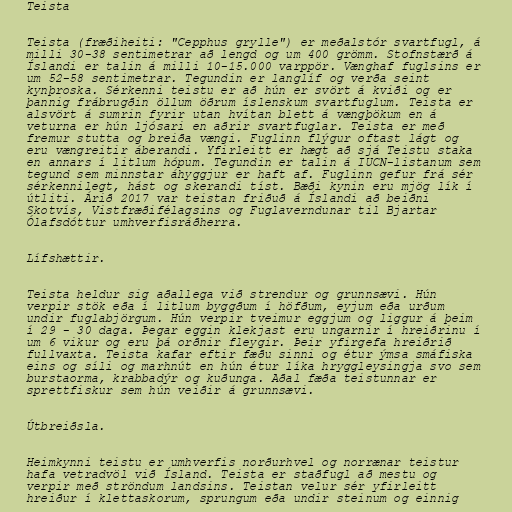
Teista

Teista (fræðiheiti: "Cepphus grylle") er meðalstór svartfugl, á
milli 30-38 sentimetrar að lengd og um 400 grömm. Stofnstærð á
Íslandi er talin á milli 10-15.000 varppör. Vænghaf fuglsins er
um 52-58 sentimetrar. Tegundin er langlíf og verða seint
kynþroska. Sérkenni teistu er að hún er svört á kviði og er
þannig frábrugðin öllum öðrum íslenskum svartfuglum. Teista er
alsvört á sumrin fyrir utan hvítan blett á vængþökum en á
veturna er hún ljósari en aðrir svartfuglar. Teista er með
fremur stutta og breiða vængi. Fuglinn flýgur oftast lágt og
eru vængreitir áberandi. Yfirleitt er hægt að sjá Teistu staka
en annars í litlum hópum. Tegundin er talin á IUCN-listanum sem
tegund sem minnstar áhyggjur er haft af. Fuglinn gefur frá sér
sérkennilegt, hást og skerandi tíst. Bæði kynin eru mjög lík í
útliti. Árið 2017 var teistan friðuð á Íslandi að beiðni
Skotvís, Vistfræðifélagsins og Fuglaverndunar til Bjartar
Ólafsdóttur umhverfisráðherra.

Lífshættir.

Teista heldur sig aðallega við strendur og grunnsævi. Hún
verpir stök eða í litlum byggðum í höfðum, eyjum eða urðum
undir fuglabjörgum. Hún verpir tveimur eggjum og liggur á þeim
í 29 - 30 daga. Þegar eggin klekjast eru ungarnir í hreiðrinu í
um 6 vikur og eru þá orðnir fleygir. Þeir yfirgefa hreiðrið
fullvaxta. Teista kafar eftir fæðu sinni og étur ýmsa smáfiska
eins og síli og marhnút en hún étur líka hryggleysingja svo sem
burstaorma, krabbadýr og kuðunga. Aðal fæða teistunnar er
sprettfiskur sem hún veiðir á grunnsævi.

Útbreiðsla.

Heimkynni teistu er umhverfis norðurhvel og norrænar teistur
hafa vetradvöl við Ísland. Teista er staðfugl að mestu og
verpir með ströndum landsins. Teistan velur sér yfirleitt
hreiður í klettaskorum, sprungum eða undir steinum og einnig